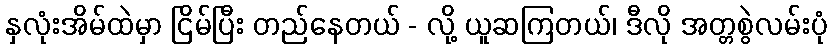
နှလုံးအိမ်ထဲမှာ ငြိမ်ပြီး တည်နေတယ် - လို့ ယူဆကြတယ်၊ ဒီလို အတ္တစွဲလမ်းပုံ